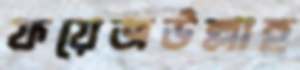
ফয়েজউল্লাহ